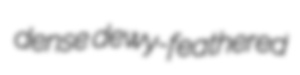
dense dewy-feathered